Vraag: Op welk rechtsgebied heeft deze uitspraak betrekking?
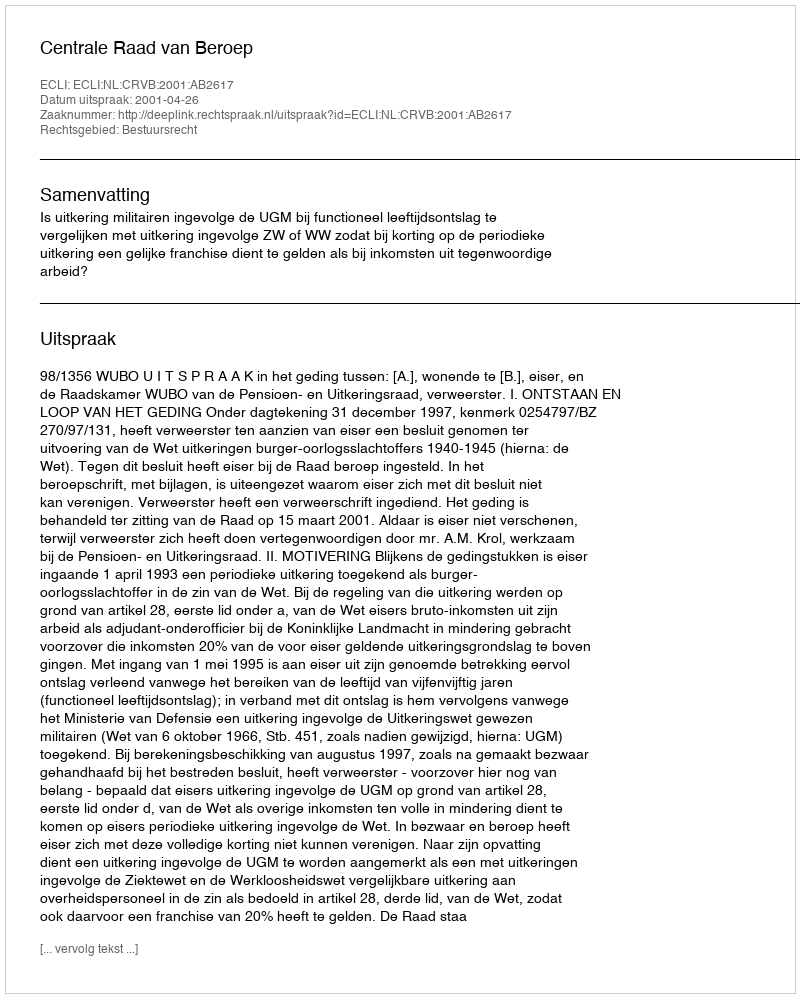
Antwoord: Bestuursrecht